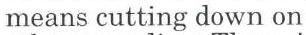
means cutting down on